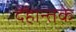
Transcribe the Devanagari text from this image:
देहान्तके